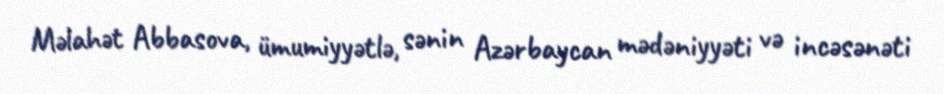
Məlahət Abbasova, ümumiyyətlə, sənin Azərbaycan mədəniyyəti və incəsənəti